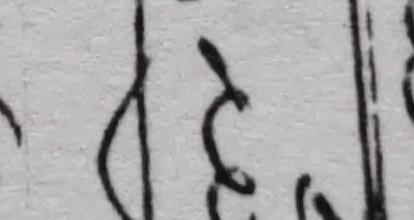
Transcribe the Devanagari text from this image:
ह